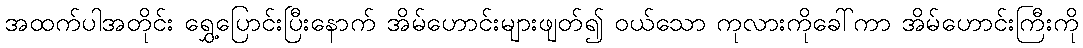
အထက်ပါအတိုင်း ရွှေ့ပြောင်းပြီးနောက် အိမ်ဟောင်းများဖျတ်၍ ဝယ်သော ကုလားကိုခေါ်ကာ အိမ်ဟောင်းကြီးကို